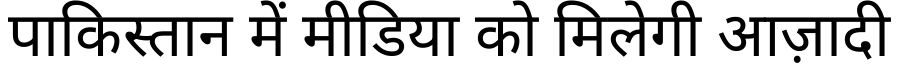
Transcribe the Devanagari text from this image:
पाकिस्तान में मीडिया को मिलेगी आज़ादी